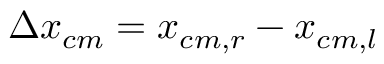
\Delta x _ { c m } = x _ { c m , r } - x _ { c m , l }